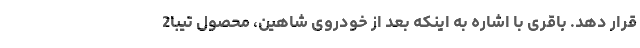
قرار دهد. باقری با اشاره به اینکه بعد از خودروی شاهین، محصول تیبا2